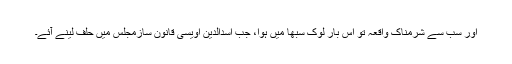
اور سب سے شرمناک واقعہ تو اس بار لوک سبھا میں ہوا، جب اسدالدین اویسی قانون سازمجلس میں حلف لینے آئے۔